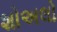
શોઅલો